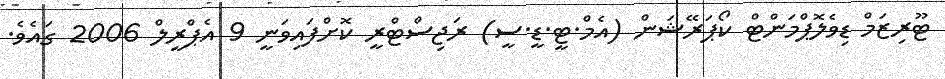
ޓޫރިޒަމް ޑިވެލޮޕްމަންޓް ކޯޕަރޭޝަން (އެމް.ޓީ.ޑީ.ސީ) ރަޖިސްޓްރީ ކޮށްފައިވަނީ 9 އެޕްރީލް 2006 ގައެވެ.